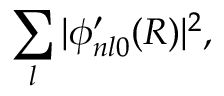
\sum _ { l } | \phi _ { n l 0 } ^ { \prime } ( R ) | ^ { 2 } ,